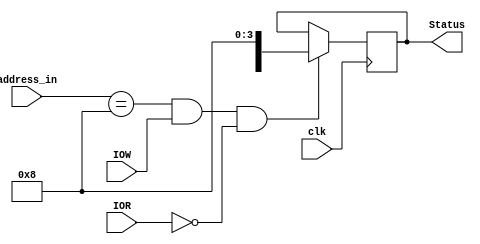
module STATUS_reg(clk,Status,address_in,IOR,IOW);

output reg [5:0] Status;

input [3:0] address_in;

input IOR,IOW,clk;

reg [7:0] status;

always @(posedge clk)
begin
if(address_in == 8 && IOW == 1 && IOR == 0)
Status <= status;
end

endmodule